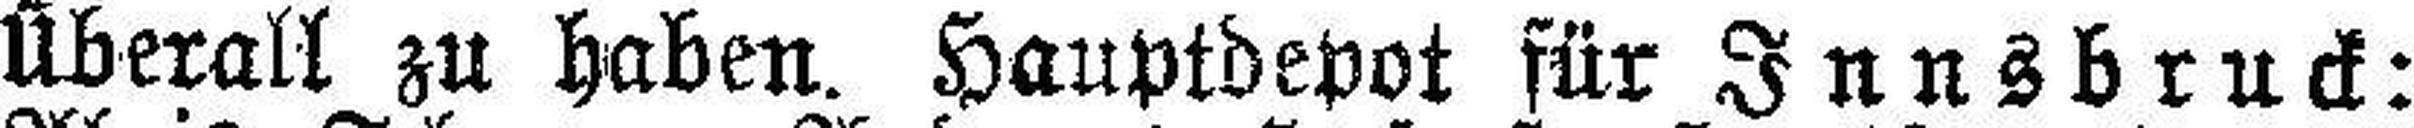
Überall zu haben. Hauptdepot für Innsbruck: